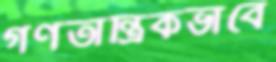
গণতান্ত্রিকভাবে